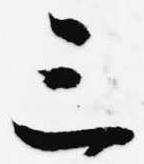
三